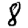
Digit: 8